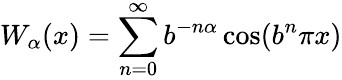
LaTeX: W_{\alpha}(x)=\sum_{n=0}^{\infty}b^{-n\alpha}\cos(b^{n}\pi x)